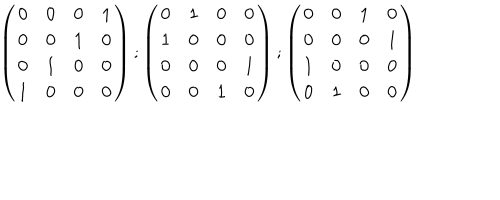
\left( \begin{matrix} { { 0 } } & { { 0 } } & { { 0 } } & { { 1 } } \\ { { 0 } } & { { 0 } } & { { 1 } } & { { 0 } } \\ { { 0 } } & { { 1 } } & { { 0 } } & { { 0 } } \\ { { 1 } } & { { 0 } } & { { 0 } } & { { 0 } } \\ \end{matrix} \right) ; \left( \begin{matrix} { { 0 } } & { { 1 } } & { { 0 } } & { { 0 } } \\ { { 1 } } & { { 0 } } & { { 0 } } & { { 0 } } \\ { { 0 } } & { { 0 } } & { { 0 } } & { { 1 } } \\ { { 0 } } & { { 0 } } & { { 1 } } & { { 0 } } \\ \end{matrix} \right) ; \left( \begin{matrix} { { 0 } } & { { 0 } } & { { 1 } } & { { 0 } } \\ { { 0 } } & { { 0 } } & { { 0 } } & { { 1 } } \\ { { 1 } } & { { 0 } } & { { 0 } } & { { 0 } } \\ { { 0 } } & { { 1 } } & { { 0 } } & { { 0 } } \\ \end{matrix} \right)